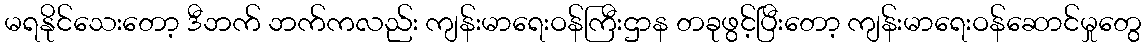
မရနိုင်သေးတော့ ဒီဘက် ဘက်ကလည်း ကျန်းမာရေးဝန်ကြီးဌာန တခုဖွင့်ပြီးတော့ ကျန်းမာရေးဝန်ဆောင်မှုတွေ